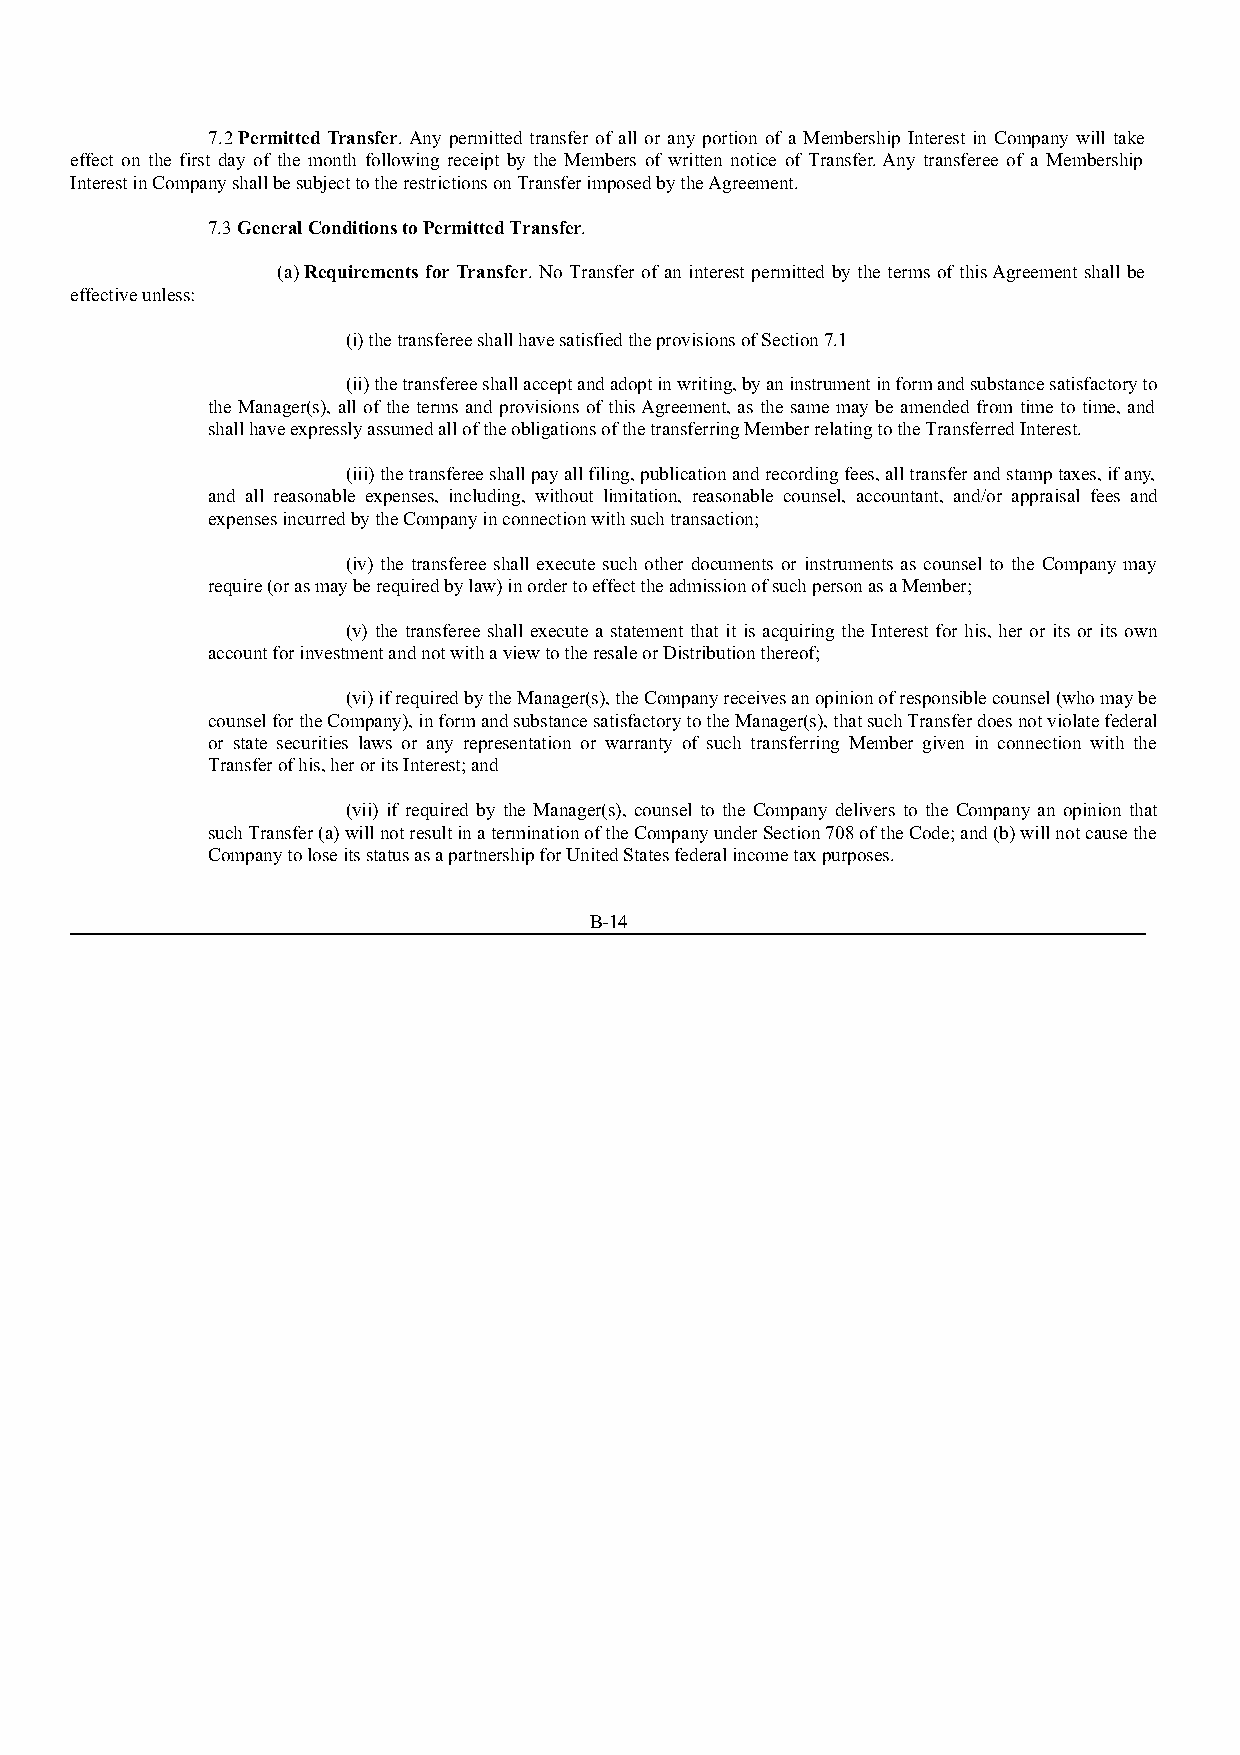
7.2 Permitted Transfer. Any permitted transfer of all or any portion of a Membership Interest in Company will take
 effect on the first day of the month following receipt by the Members of written notice of Transfer. Any transferee of a Membership
 Interest in Company shall be subject to the restrictions on Transfer imposed by the Agreement.
 7.3 General Conditions to Permitted Transfer.
 (a) Requirements for Transfer. No Transfer of an interest permitted by the terms of this Agreement shall be
 effective unless:
 (i) the transferee shall have satisfied the provisions of Section 7.1
 (ii) the transferee shall accept and adopt in writing, by an instrument in form and substance satisfactory to
 the Manager(s), all of the terms and provisions of this Agreement, as the same may be amended from time to time, and
 shall have expressly assumed all of the obligations of the transferring Member relating to the Transferred Interest.
 (iii) the transferee shall pay all filing, publication and recording fees, all transfer and stamp taxes, if any,
 and all reasonable expenses, including, without limitation, reasonable counsel, accountant, and/or appraisal fees and
 expenses incurred by the Company in connection with such transaction;
 (iv) the transferee shall execute such other documents or instruments as counsel to the Company may
 require (or as may be required by law) in order to effect the admission of such person as a Member;
 (v) the transferee shall execute a statement that it is acquiring the Interest for his, her or its or its own
 account for investment and not with a view to the resale or Distribution thereof;
 (vi) if required by the Manager(s), the Company receives an opinion of responsible counsel (who may be
 counsel for the Company), in form and substance satisfactory to the Manager(s), that such Transfer does not violate federal
 or state securities laws or any representation or warranty of such transferring Member given in connection with the
 Transfer of his, her or its Interest; and
 (vii) if required by the Manager(s), counsel to the Company delivers to the Company an opinion that
 such Transfer (a) will not result in a termination of the Company under Section 708 of the Code; and (b) will not cause the
 Company to lose its status as a partnership for United States federal income tax purposes.
 B-14